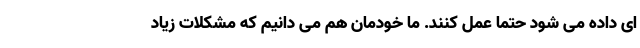
ای داده می شود حتما عمل کنند. ما خودمان هم می دانیم که مشکلات زیاد